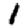
Digit: 1